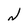
Character: N